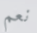
نعم